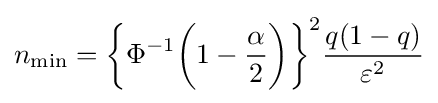
n_{\text{min}}={\bigg \{}\Phi ^{-1}{\bigg (}1-{\dfrac {\alpha }{2}}{\bigg )}{\bigg \}}^{2}{\dfrac {q(1-q)}{\varepsilon ^{2}}}